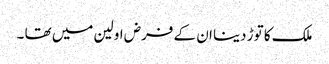
ملک کا توڑ دینا ان کے فرض اولین میں تھا ۔